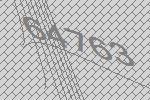
64763